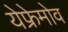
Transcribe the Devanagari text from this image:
येफ्रेमोव